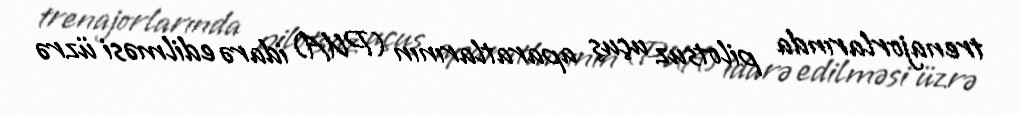
trenajorlarında pilotsuz uçuş aparatlarının (PUA) idarə edilməsi üzrə